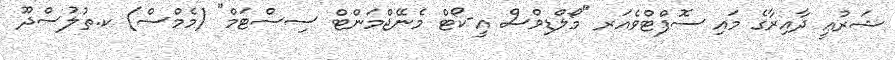
ޝަރުޢީ ދާއިރާގެ މައި ސޮފްޓްވެއަރ "މޯލްޑިވްސް އީ-ކޯޓް މެނޭޖްމަންޓް ސިސްޓަމް" (މެމްސް) ކ.ތުލުސްދޫ